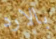
بالارد